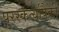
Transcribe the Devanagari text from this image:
पुरस्कर्त्यांपैकी